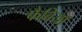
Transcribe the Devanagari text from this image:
फैबिया